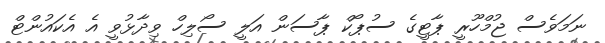
ނަމަވެސް ޖުމްހޫރީ ޕާޓީގެ ސުޕޯކް ޕާސަން އަލީ ސޯލިހް ވިދާޅުވީ އެ އެކައުންޓް